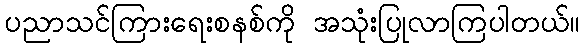
ပညာသင်ကြားရေးစနစ်ကို အသုံးပြုလာကြပါတယ်။